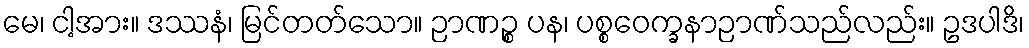
မေ၊ ငါ့အား။ ဒဿနံ၊ မြင်တတ်သော။ ဉာဏဉ္စ ပန၊ ပစ္စဝေက္ခနာဉာဏ်သည်လည်း။ ဥဒပါဒိ၊